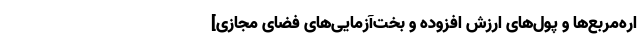
اره‌‌‌مربع‌ها و پول‌های ارزش افزوده و بخت‌آزمایی‌‌های فضای مجازی]